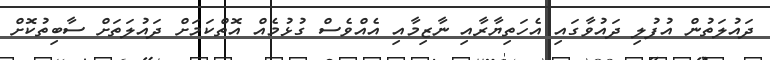
ދައުލަތުން އުފުލި ދައުވާގައި އެހަތިޔާރާއި ނާޒިމާއި އެއްވެސް ގުޅުމެއް އޮތްކަމަށް ދައުލަތަށް ސާބިތުކޮށް